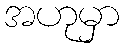
အဟုမှာ